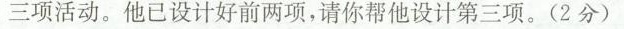
三项活动。他已设计好前两项，请你帮他设计第三项。(2分)